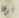
ترها